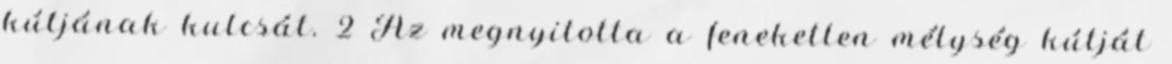
kútjának kulcsát. 2 Az megnyitotta a feneketlen mélység kútját